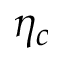
\eta _ { c }